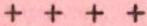
++++